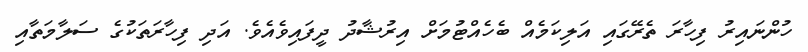
ހުންނައިރު ފިހާރަ ތެރޭގައި އަލިކަމެއް ބެހެއްޓުމަށް އިރުޝާދު ދީފައިވެއެވެ. އަދި ފިހާރަތަކުގެ ސަލާމަތާއި